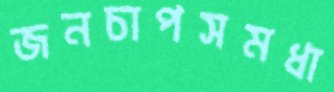
জনচাপসমধা